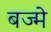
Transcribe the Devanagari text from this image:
बज्मे